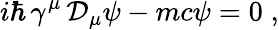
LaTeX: i\hbar\, \gamma^{\mu}\, {\mathcal D}_{\mu}\psi-mc\psi=0\; ,